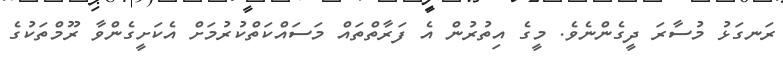
ރަނގަޅު މުސާރަ ދީގެންނެވެ. މީގެ އިތުރުން އެ ފަރާތްތައް މަސައްކަތްކުރުމަށް އެކަށީގެންވާ ރޫމްތަކުގެ